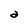
Character: a